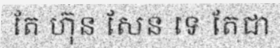
តែ ហ៊ុន សែន ទេ តែជា